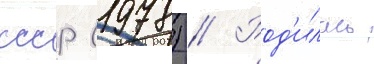
ссср (1978) // Род'илась